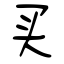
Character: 买